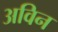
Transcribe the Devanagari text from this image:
अविन